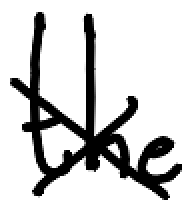
Text: the
Cross-out: cross
Writing tool: digital_black